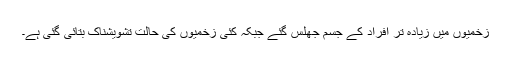
زخمیوں میں زیادہ تر افراد کے جسم جھلس گئے جبکہ کئی زخمیوں کی حالت تشویشناک بتائی گئی ہے۔